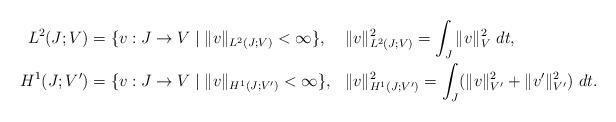
LaTeX: \begin{align*} L^2(J;V)&=\{v:J\to V \mid \|v\|_{L^2(J;V)}<\infty\}, && \|v\|_{L^2(J;V)}^2=\int_J\|v\|^2_V~dt, \\ H^1(J;V')&=\{v:J\to V \mid \|v\|_{H^1(J;V')}<\infty\}, && \|v\|_{H^1(J;V')}^2=\int_J (\|v\|^2_{V'}+\|v'\|^2_{V'})~dt.\end{align*}